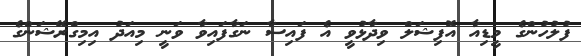
ފުލުހުންގެ މީޑިއާ އޮފިޝަލް ވިދާޅުވީ އެ ފައިސާ ނަގާފައިވާ ވަނީ މިއަދު އިމިގްރޭޝަންގެ